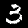
Digit: 3